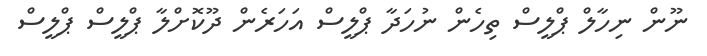
ނޫން ނިހާލް ޕްލީސް ތިހެން ނުހަދާ ޕްލީސް އަހަރެން ދޫކޮށްލާ ޕްލީސް ޕްލީސް